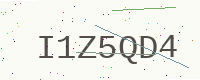
Text: I1Z5QD4